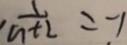
\frac { 1 } { n + 2 } = - 1